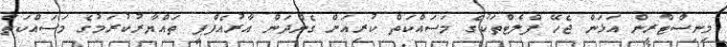
މިނިސްޓްރީން އަޅަން ޖެހޭ ފްލެޓްތަކުގެ މަސައްކަތް ކުރިއަށް ގެންދަން އާރުއެފްޕީ ތައްޔާރުކުރަމުގެ މަސައްކަތް